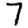
Digit: 7